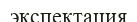
экспектация